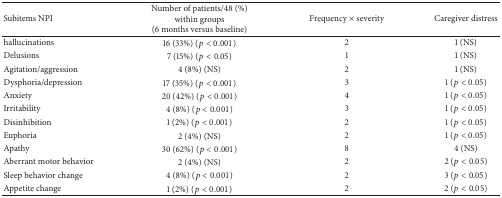
| Subitems NPI | Number of patients/48 (%) within groups (6 months versus baseline) | Frequency × severity | Caregiver distress |
 | --- | --- | --- | --- |
 | hallucinations | 16 (33%) (p < 0.001) | 2 | 1 (NS) |
 | Delusions | 7 (15%) (p < 0.05) | 1 | 1 (NS) |
 | Agitation/aggression | 4 (8%) (NS) | 2 | 1 (NS) |
 | Dysphoria/depression | 17 (35%) (p < 0.001) | 3 | 1 (p < 0.05) |
 | Anxiety | 20 (42%) (p < 0.001) | 4 | 1 (p < 0.05) |
 | Irritability | 4 (8%) (p < 0.001) | 3 | 1 (p < 0.05) |
 | Disinhibition | 1 (2%) (p < 0.001) | 2 | 1 (p < 0.05) |
 | Euphoria | 2 (4%) (NS) | 2 | 1 (p < 0.05) |
 | Apathy | 30 (62%) (p < 0.001) | 8 | 4 (NS) |
 | Aberrant motor behavior | 2 (4%) (NS) | 2 | 2 (p < 0.05) |
 | Sleep behavior change | 4 (8%) (p < 0.001) | 2 | 3 (p < 0.05) |
 | Appetite change | 1 (2%) (p < 0.001) | 2 | 2 (p < 0.05) |